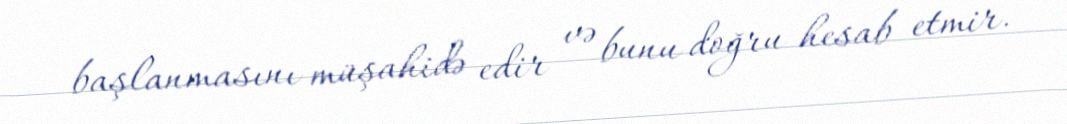
başlanmasını müşahidə edir və bunu doğru hesab etmir.